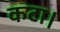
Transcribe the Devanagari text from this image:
कटा।